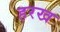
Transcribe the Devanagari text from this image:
हरख